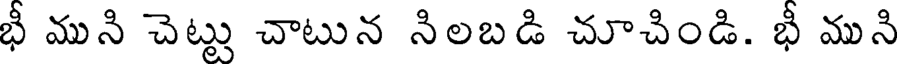
భీ ముని చెట్టు చాటున నిలబడి చూచిండి. భీ ముని